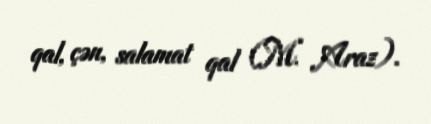
qal, çən, salamat qal (M. Araz).